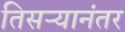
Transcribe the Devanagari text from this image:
तिसऱ्यानंतर